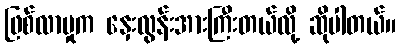
ဖြစ်လာမှုက နှေးလွန်းအားကြီးတယ်လို့ ဆိုပါတယ်။